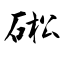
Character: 硹